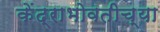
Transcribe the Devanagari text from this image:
केंद्राभोवतीच्या